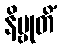
နိဗ္ဗုတိံ